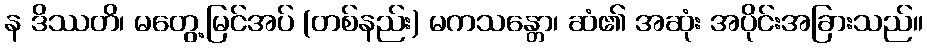
န ဒိဿတိ၊ မတွေ့မြင်အပ် (တစ်နည်း) မကသန္တော၊ ဆံ၏ အဆုံး အပိုင်းအခြားသည်။